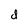
Character: d